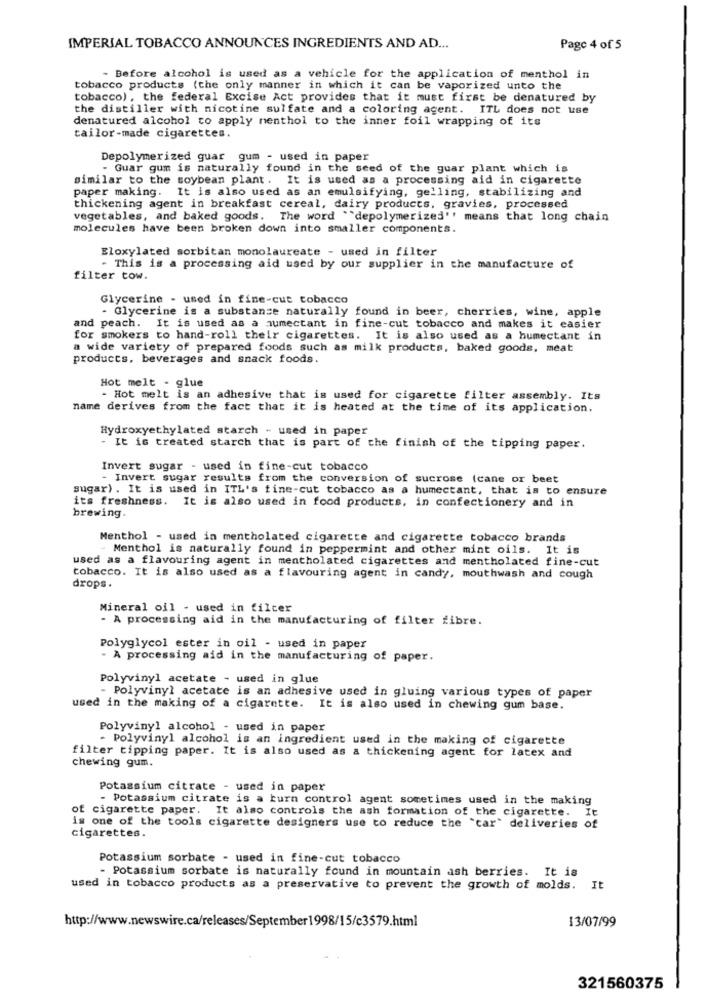
IMPERIAL TOBACCO ANNOUNCES INGREDIENTS AND AD ...
Page 4 of 5
- Before alcohol is used as a vehicle for the application of menthol in
tobacco products (the only manner in which it can be vaporized unto the
tobacco) , the federal Excise Act provides that it must first be denatured by
the distiller with nicotine sulfate and a coloring agent. ITL does not use
denatured alcohol to apply menthol to the inner foil wrapping of its
tailor-made cigarettes.
Depolymerized guar gum - used in paper
- Guar gum is naturally found in the seed of the guar plant which is
similar to the soybean plant . It is used as a processing aid in cigarette
paper making. It is also used as an emulsifying, gelling, stabilizing and
thickening agent in breakfast cereal, dairy products, gravies, processed
vegetables, and baked goods. The word ""depolymerizes'' means that long chain
molecules have been broken down into smaller components.
Eloxylated sorbitan monolaureate - used in filter
- This is a processing aid used by our supplier in the manufacture of
filter tow.
Glycerine - used in fine-cut tobacco
- Glycerine is a substance naturally found in beer, cherries, wine, apple
and peach. It is used as a humectant in fine-cut tobacco and makes it easier
for smokers to hand-roll their cigarettes. It is also used as a humectant in
a wide variety of prepared foods such as milk products, baked goods, meat
products, beverages and snack foods.
Hot melt - glue
- Hot melt is an adhesive that is used for cigarette filter assembly. Its
name derives from the fact that it is heated at the time of its application.
Hydroxyethylated starch - used in paper
- It is treated starch that is part of the finish of the tipping paper.
Invert sugar - used in fine-cut tobacco
- Invert sugar results from the conversion of sucrose (cane or beet
sugar). It is used in ITL's fine-cut tobacco as a humectant, that is to ensure
its freshness. It is also used in food products, in confectionery and in
brewing.
Menthol - used in mentholated cigarette and cigarette tobacco brands
- Menthol is naturally found in peppermint and other mint oils. It is
used as a flavouring agent in mentholated cigarettes and mentholated fine-cut
tobacco. It is also used as a flavouring agent in candy, mouthwash and cough
drops.
Mineral oil - used in filter
- A processing aid in the manufacturing of filter fibre.
Polyglycol ester in oil - used in paper
- A processing aid in the manufacturing of paper.
Polyvinyl acetate - used in glue
- Polyvinyl acetate is an adhesive used in gluing various types of paper
used in the making of a cigarette.
It is also used in chewing gum base.
Polyvinyl alcohol - used in paper
- Polyvinyl alcohol is an ingredient used in the making of cigarette
filter tipping paper. It is also used as a thickening agent for latex and
chewing gum.
Potassium citrate - used in paper
- Potassium citrate is a turn control agent sometimes used in the making
of cigarette paper. It also controls the ash formation of the cigarette. It
cigarettes.
is one of the tools cigarette designers use to reduce the "car" deliveries of
Potassium sorbate - used in fine-cut tobacco
- Potassium sorbate is naturally found in mountain ash berries. It is
used in tobacco products as a preservative to prevent the growth of molds. It
13/07/99
http://www.newswire.ca/releases/September1998/15/c3579.html
321560375